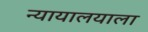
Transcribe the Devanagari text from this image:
न्यायालयाला